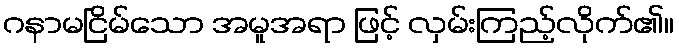
ဂနာမငြိမ်သော အမူအရာ ဖြင့် လှမ်းကြည့်လိုက်၏။